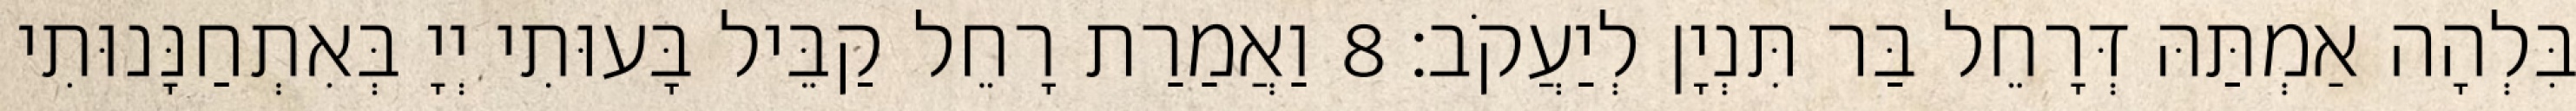
בִּלְהָה אַמְתַּהּ דְּרָחֵל בַּר תִּנְיָן לְיַעֲקֹב׃ 8 וַאֲמַרַת רָחֵל קַבֵּיל בָּעוּתִי יְיָ בְּאִתְחַנָּנוּתִי